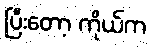
ပြီးတော့ ကိုယ်က